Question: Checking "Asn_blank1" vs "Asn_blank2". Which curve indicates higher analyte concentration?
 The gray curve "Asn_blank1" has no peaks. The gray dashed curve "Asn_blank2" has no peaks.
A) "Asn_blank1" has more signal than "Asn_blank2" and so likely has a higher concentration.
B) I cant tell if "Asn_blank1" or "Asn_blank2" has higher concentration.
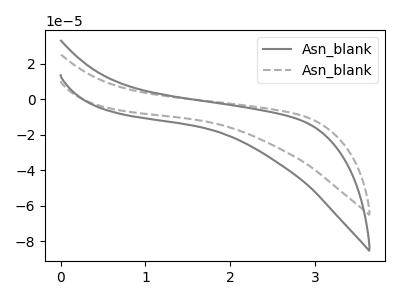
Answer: <think>Neither "Asn_blank1" or "Asn_blank2" have any peaks.
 </think>
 <answer>B) I cant tell if "Asn_blank1" or "Asn_blank2" has higher concentration.</answer>
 <eval>B</eval>